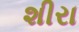
શીરા